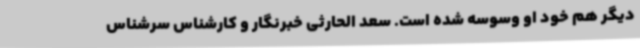
دیگر هم خود او وسوسه شده است. سعد الحارثی خبرنگار و کارشناس سرشناس